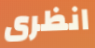
انظرى